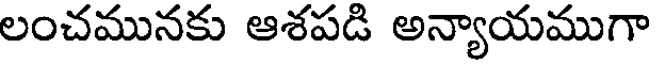
లంచమునకు ఆశపడి అన్యాయముగా